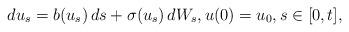
LaTeX: \begin{align*} du_s = b(u_s) \, ds + \sigma(u_s) \, dW_s, u(0)=u_0, s \in [0,t],\end{align*}